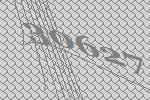
30627